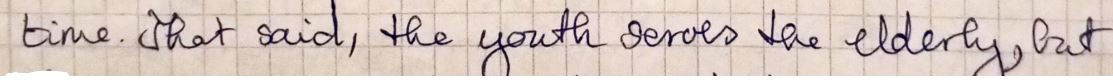
time. That said, the youth serves the elderly, but